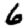
Digit: 6